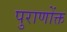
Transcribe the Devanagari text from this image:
पुराणोंक्त